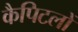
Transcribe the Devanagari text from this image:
कैपिटलों